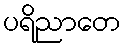
ပရိညာတေ